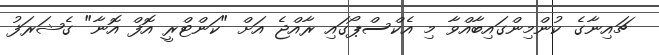
ޗައިނާގެ ކުންމިންގައިބާއްވާ މި އެކްސްޕޯގައި ރާއްޖެ އަށް "ކަންޓްރީ އޮފް އޮނާ" ގެޝަރަފު